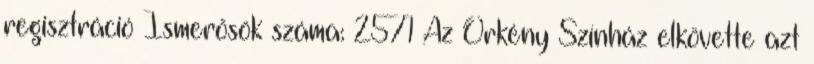
regisztráció Ismerősök száma: 2571 Az Örkény Színház elkövette azt